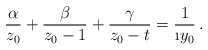
\begin{align*}\frac{\alpha}{z_0}+\frac{\beta}{z_0-1}+\frac{\gamma}{z_0-t}=\frac{1}{\i y_0}\,.\end{align*}